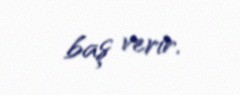
baş verir.